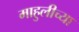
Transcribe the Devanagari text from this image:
माहुलीच्या